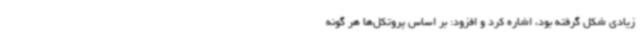
زیادی شکل گرفته بود، اشاره کرد و افزود: بر اساس پروتکل‌ها هر گونه